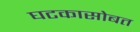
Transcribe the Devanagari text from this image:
घटकासोबत